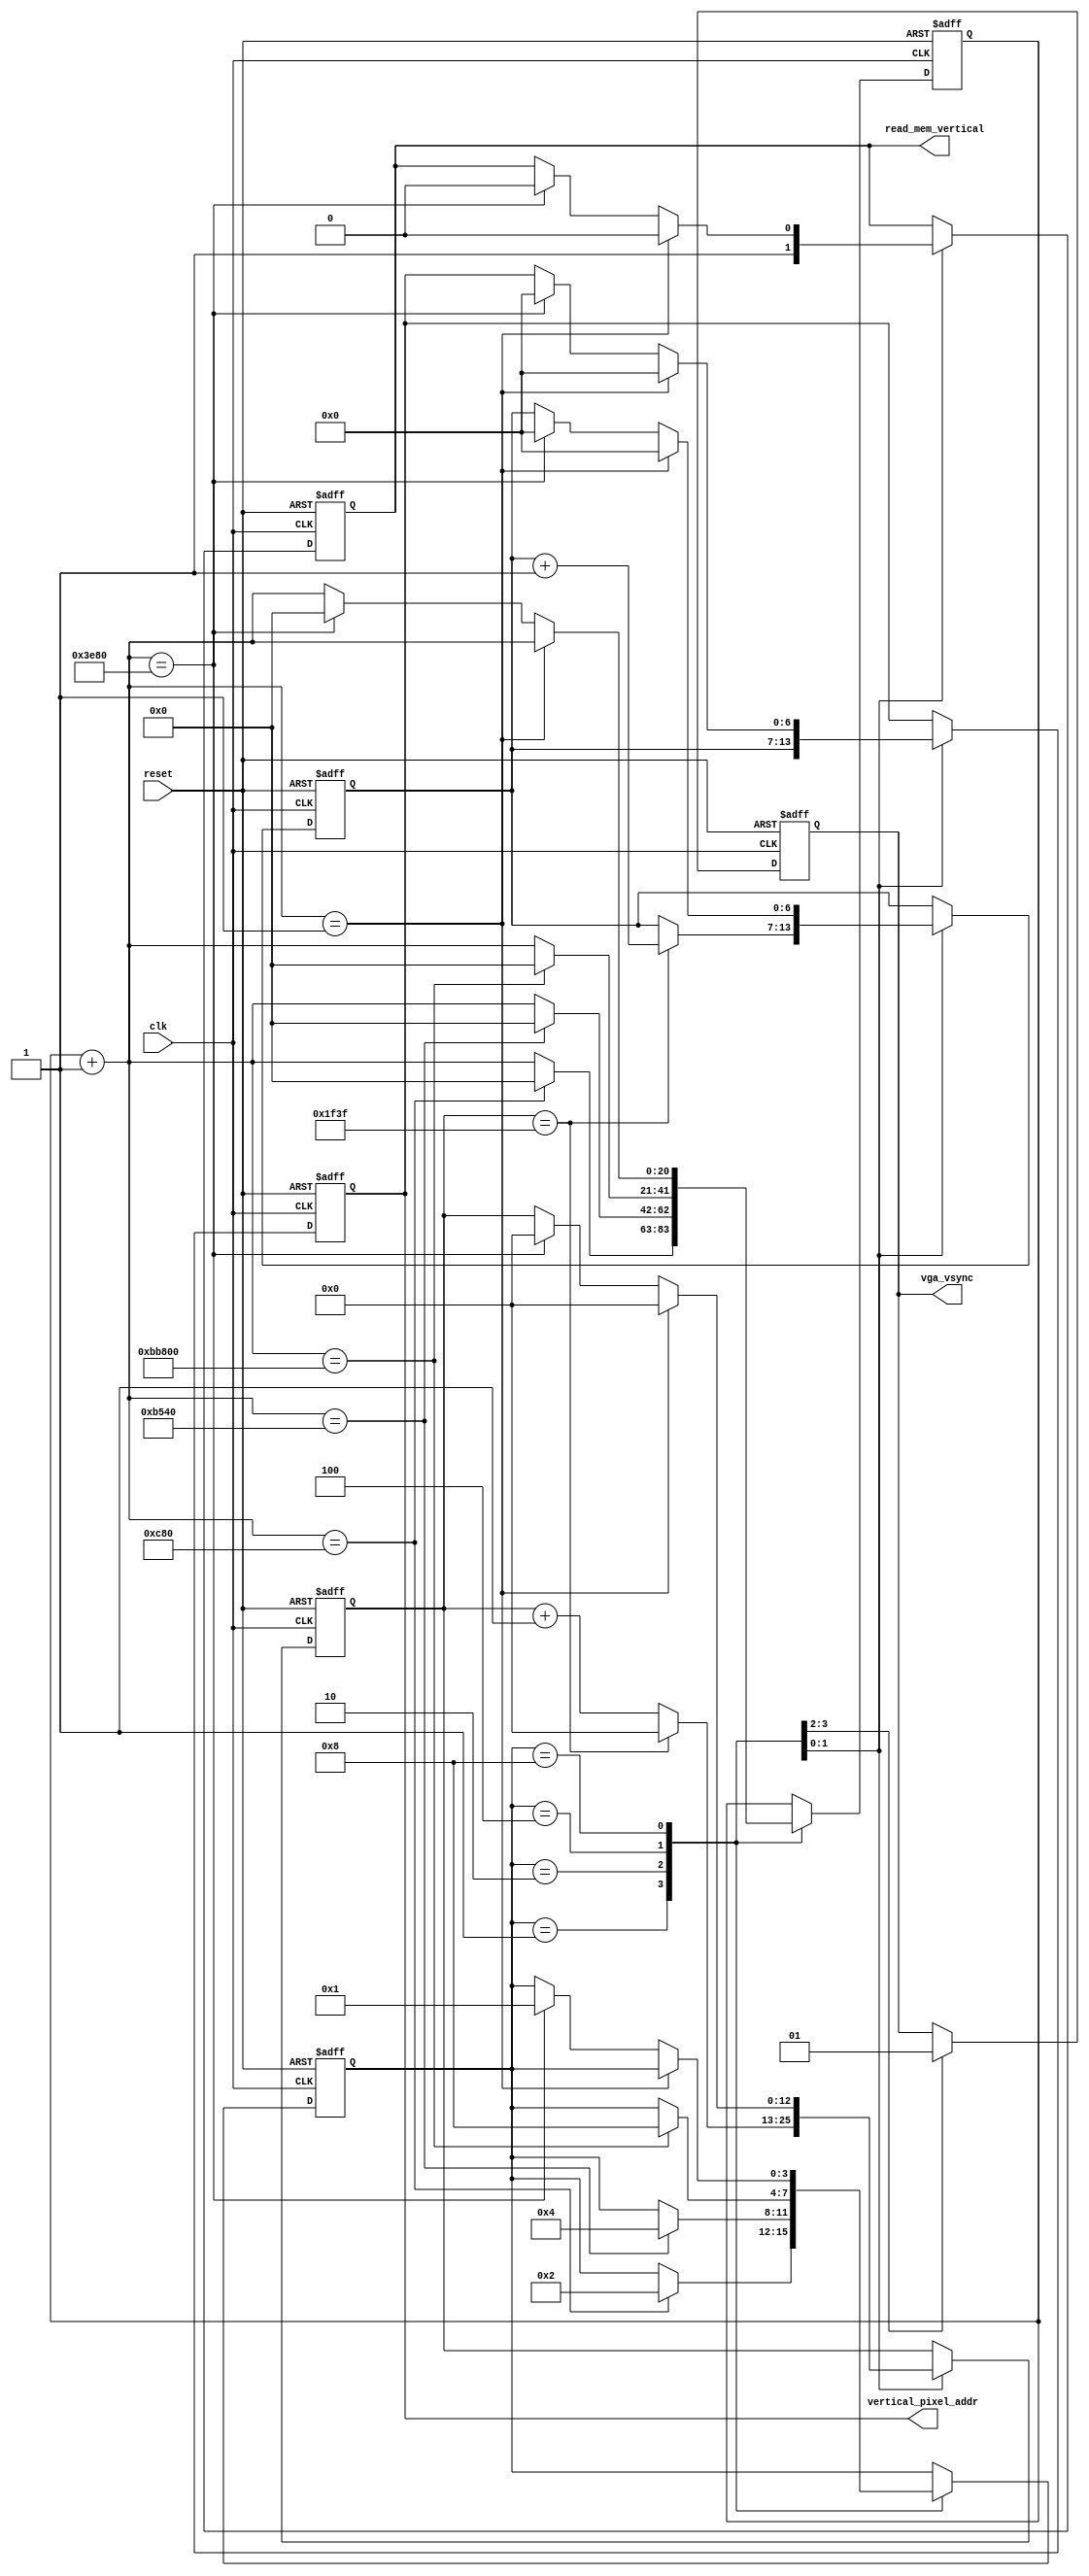
`timescale 1ns / 1ps
//////////////////////////////////////////////////////////////////////////////////
// Company: 
// 
// Design Name: 
// Module Name:    vertical_sync 
// Project Name: 
// Target Devices: 
// Tool versions: 
// Description: 
//
// Dependencies: 
//
// Revision: 
// Revision 0.01 - File Created
// Additional Comments: 
//
//////////////////////////////////////////////////////////////////////////////////
module vertical_sync(reset, clk, vertical_pixel_addr, vga_vsync, read_mem_vertical);
input reset, clk;
output reg [6:0] vertical_pixel_addr;
output reg vga_vsync, read_mem_vertical;

//STATE ENCODING one-hot
parameter   STATE_P = 4'b0001,
				STATE_Q = 4'b0010,
				STATE_R = 4'b0100,
				STATE_S = 4'b1000;

reg [3:0] state;//save current state of waveform
reg [20:0] cycle_counter;//measure cycle in order to create waveform
reg [6:0] vertical_pixel_counter;//measure cycle in order to know which vertical pixel read from memory
reg [12:0] row_loop;//repeat one row five time measure 5*1600. 1600 cycle to complete one row with horizontal_sync
wire [12:0] row_loop_max;

assign row_loop_max = 13'd7999;//repeat 5 rows so 5*1600=8000 clk cycle

always@(posedge reset or posedge clk)
begin
	if (reset)//reset initialize counter
	begin
		state = STATE_P;
		cycle_counter = 21'd0;
		read_mem_vertical = 1'b0;
		vertical_pixel_addr = 7'd0;
		vertical_pixel_counter = 7'd0;
		row_loop = 13'd0;
		vga_vsync = 1'b1;
	end
	else
	begin
		case (state)
			STATE_P://VSYNC Pulse Width - make vsync zero for 3200 times
			begin
				vga_vsync = 1'b0;
				cycle_counter = cycle_counter + 1;
				if(cycle_counter == 21'd3200)//if counter take value 3200, go to next state and do counter 0
				begin
					cycle_counter = 21'd0;
					state = STATE_Q;
				end
			end
			STATE_Q://Back Porch - make vsync 1 and count 46400 times in order to take rgb value from memory
			begin
				vga_vsync = 1'b1;
				cycle_counter = cycle_counter + 1;
				if(cycle_counter == 21'd46400)//if counter take value 46400, go to next state and do counter 0
				begin
					cycle_counter = 21'd0;
					state = STATE_R;
				end
			end
			STATE_R://Active Video Time - take row, define vertical pixel
			begin
				read_mem_vertical = 1'b1;
				vertical_pixel_addr = vertical_pixel_counter;
				case (row_loop)//repeat pixel 5 time row after go to next row
					row_loop_max:
					begin
						row_loop = 13'd0;
						vertical_pixel_counter = vertical_pixel_counter + 1;
					end
					default:
					begin
						row_loop = row_loop + 1;
					end
				endcase
				
				cycle_counter = cycle_counter + 1;
				if(cycle_counter == 21'd768000)//complete vertical-row pixel
				begin
					cycle_counter = 21'd0;
					state = STATE_S;
				end
			end
			STATE_S://Front Porch - count 1600 and make all counter 0
			begin
				cycle_counter = cycle_counter + 1;
				if(cycle_counter == 21'd1)//stop read from memory and init counters
				begin
					read_mem_vertical = 1'b0;
					row_loop = 13'b0;
					vertical_pixel_addr = 7'd0;
					vertical_pixel_counter = 7'd0;
				end
				else if(cycle_counter == 21'd16000)//complete the diplay do all counter zero
				begin
					cycle_counter = 21'd0;
					read_mem_vertical = 1'b0;
					row_loop = 13'b0;
					vertical_pixel_addr = 7'd0;
					vertical_pixel_counter = 7'd0;
					state = STATE_P;
				end
			end
		endcase
	end
end

endmodule